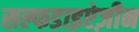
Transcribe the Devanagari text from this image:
सल्फडाइऐज़ीन